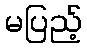
မပြည့်